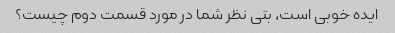
ایده خوبی است، بتی نظر شما در مورد قسمت دوم چیست؟